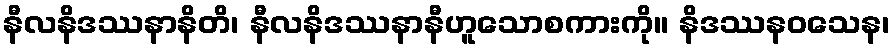
နီလနိဒဿနာနိတိ၊ နီလနိဒဿနာနီဟူသောစကားကို။ နိဒဿနဝသေန၊